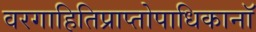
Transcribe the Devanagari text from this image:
वरगाहितिप्राप्तोपाधिकानॉ